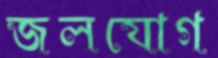
জলযোগ